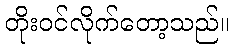
တိုးဝင်လိုက်တော့သည်။